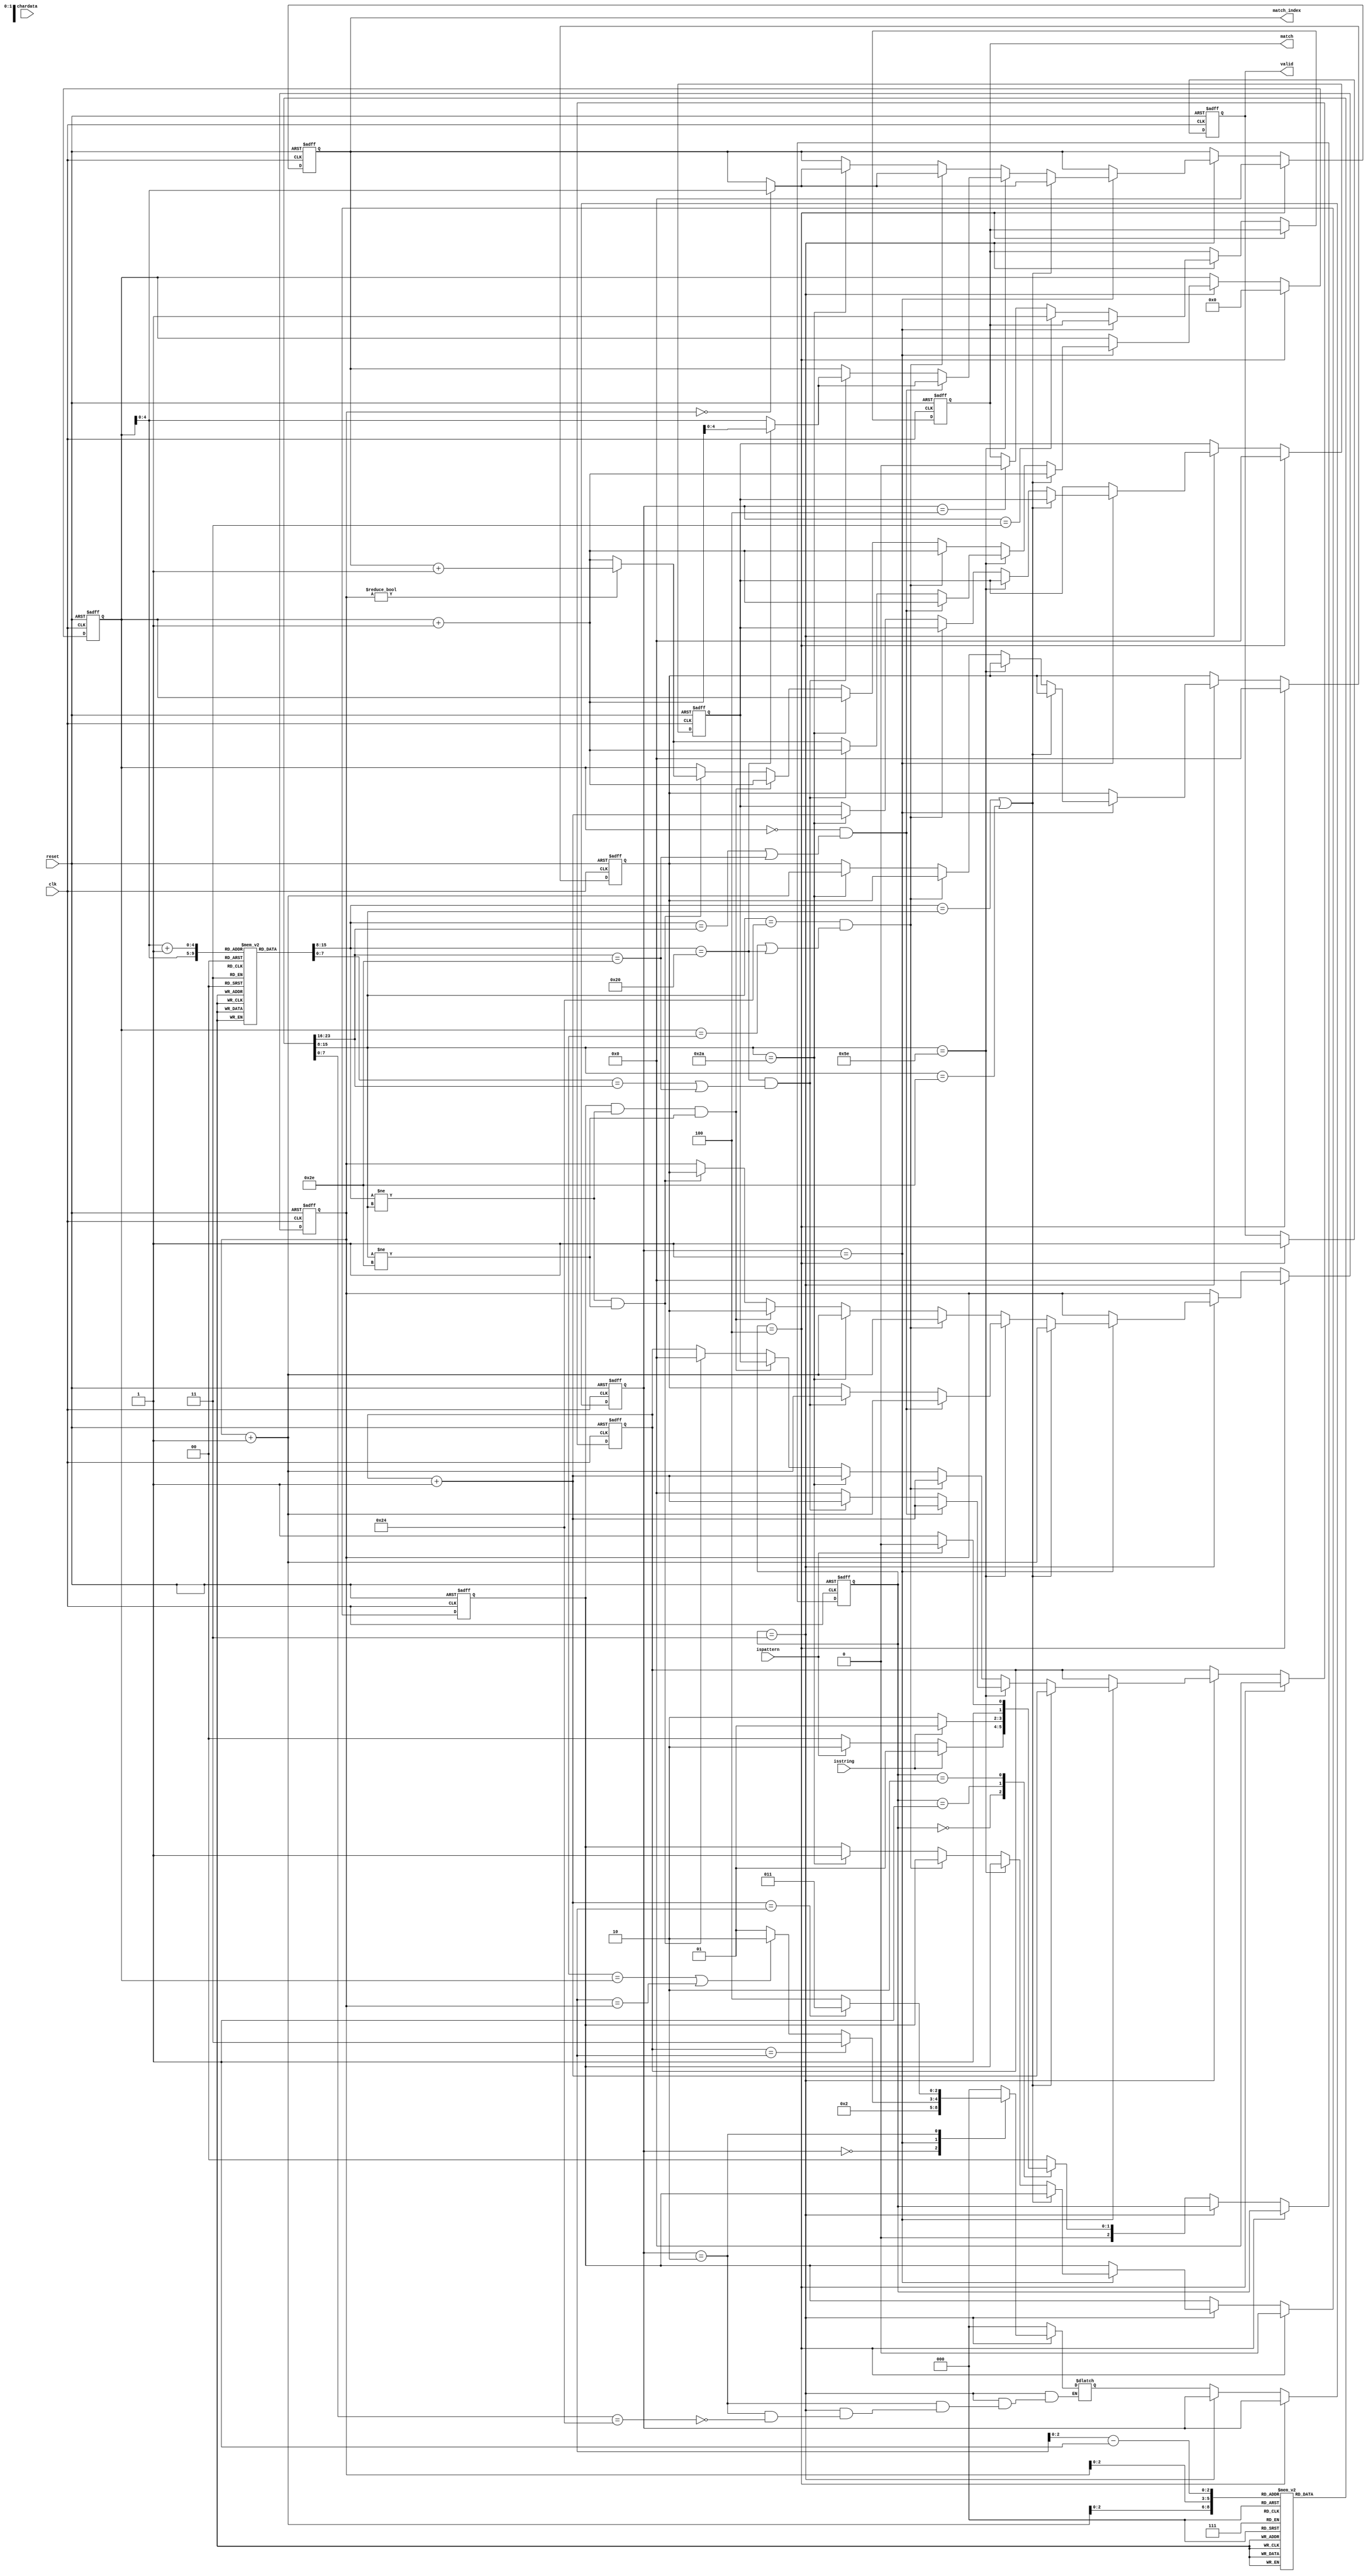
module SME(clk,reset,chardata,isstring,ispattern,valid,match,match_index);
input clk;
input reset;
input [7:0] chardata;
input isstring;
input ispattern;
output match;
output [4:0] match_index;
output valid;
// reg match;
// reg [4:0] match_index;
// reg valid;

reg match;
reg[4:0] match_index;
reg valid;
reg[5:0] index_s;
reg[4:0] index_p;
reg[4:0] index_p_temp;
reg[4:0] cnt_m;
reg[4:0] cnt_m_temp;


reg[2:0] cs;
reg[2:0] ns;
reg[2:0] cs_p;
reg[2:0] ns_p;
reg[7:0] string_reg[0:31];
reg[7:0] pattern_reg[0:7];
reg[4:0] cnt_p;
reg done;
reg star_flag;

wire [7:0] s_debug = string_reg[index_s];
wire [7:0] p_debug = pattern_reg[index_p];
wire [7:0] p_debug_head = pattern_reg[index_p+5'd1];

parameter IDLE = 3'd0;
parameter RECV_S = 3'd1;
parameter RECV_P = 3'd2;
parameter PROCESS = 3'd3;
parameter DONE = 3'd4;

parameter P_IDLE = 3'd0;
parameter CHECK = 3'd1;
parameter CHECK_MATCH = 3'd2;
parameter P_DONE_MATCH = 3'd3;
parameter P_DONE_UNMATCH = 3'd4;

always @(posedge clk or posedge reset) //S
begin
    if(reset)
    begin
        cs <= IDLE;
        cs_p <= P_IDLE;
        
        //
        index_s <= 6'd0;
        index_p <= 5'd0;
        index_p_temp <= 5'd0;
        cnt_m <= 5'd0;
        cnt_m_temp <= 5'd0;
        match_index <= 5'd0;
        done <= 1'd0;
        star_flag <= 1'd0;
        //
        match <= 1'd0;
        valid <= 1'd0;

    end
    else if(cs == DONE)
    begin
        index_s <= 6'd0;
        index_p <= 5'd0;
        index_p_temp <= 5'd0;
        cnt_m <= 5'd0;
        cnt_m_temp <= 5'd0;
        match_index <= 5'd0;
        done <= 1'd0;
        star_flag <= 1'd0;
        valid <= 1'd1;
    end
    else if(cs == PROCESS)
    begin
        if(cs_p == CHECK)
        begin
            if(string_reg[index_s] == pattern_reg[index_p] || pattern_reg[index_p] == 8'h2e)
            begin
                index_p <= index_p + 5'd1;
                index_s <= index_s + 6'd1;
                cnt_m <= cnt_m + 5'd1;
                if(index_p == 5'd0)
                    match_index <= index_s;
            end
            else if(pattern_reg[index_p] == 8'h5e)
            begin
                if(index_s == 6'd0 && (string_reg[index_s] == pattern_reg[index_p + 5'd1] || pattern_reg[index_p + 5'd1] == 8'h2e))
                begin
                    index_p <= index_p + 5'd1;
                    index_s <= index_s + 6'd1;
                    cnt_m <= cnt_m + 5'd1;
                    if(string_reg[index_s] == 8'h20)
                        match_index <= index_s + 6'd1;
                    else
                        match_index <= index_s;
                end
                else if(string_reg[index_s] == 8'h20 && (string_reg[index_s+5'd1] == pattern_reg[index_p+5'd1] || pattern_reg[index_p+5'd1] == 8'h2e) ) 
                begin
                    index_p <= index_p + 5'd1;
                    index_s <= index_s + 6'd1;
                    cnt_m <= cnt_m + 5'd1; 
                    if(string_reg[index_s] == 8'h20) 
                        match_index <= index_s + 6'd1;
                    else 
                        match_index <= index_s;
                end
                else
                begin
                    index_p <= index_p_temp;
                    cnt_m <= 5'd0;
                    if(index_p != 5'd0)
                        index_s <= match_index + 6'd1;
                    else
                        index_s <= index_s + 6'd1;
                end
            end
            else if(pattern_reg[index_p] == 8'h24 && (index_s == cnt_s || string_reg[index_s] == 8'h20))
            begin
               index_p <= index_p + 5'd1;
               index_s <= index_s + 6'd1;
               cnt_m <= cnt_m + 5'd1;
               if(index_p == 5'd0)
                    match_index <= index_s;
            end
            else if(pattern_reg[index_p] == 8'h2A)
            begin
                star_flag <= 1'd1;
                index_p <= index_p + 5'd1;
                index_p_temp <= index_p + 5'd1;
                index_s <= index_s;
                cnt_m <= cnt_m + 5'd1;
                cnt_m_temp <= cnt_m + 5'd1;
                if(index_p == 5'd0)
                    match_index <= index_s;
            end
            else if(star_flag == 1'd1 && string_reg[index_s] != pattern_reg[index_p] && pattern_reg[index_p] != 8'h2e)
            begin
                index_p <= index_p_temp;
                cnt_m <= cnt_m_temp;
                index_s <= index_s + 6'd1;
            end
            else if(string_reg[index_s] != pattern_reg[index_p] && pattern_reg[index_p] != 8'h2e)
            begin
                index_p <= index_p_temp;
                cnt_m <= 5'd0;
                if(index_p != 5'd0) 
                    index_s <= match_index + 6'd1;
                else 
                    index_s <= index_s + 6'd1;
            end
        end
        else if(cs_p == P_DONE_MATCH)
        begin
            done <= 1'd1;
            match <= 1'd1;
        end
        else if(cs_p == P_DONE_UNMATCH)
        begin
            done <= 1'd1;
            match <= 1'd0;
        end
    end
    else
    begin
        cs <= ns;
        cs_p <= ns_p;
        done <= 1'd0;
    end    
end

always@(*)
begin
    case(cs)
        IDLE:
        begin
            if(isstring == 1'd1) 
                ns = RECV_S;
            else if(ispattern == 1'd1) 
                ns = RECV_P;
            else ns = IDLE;
            ns_p = P_IDLE;
        end
        RECV_S:
        begin
            if(isstring == 1'd1)
                ns = RECV_S;
            else
                ns = RECV_P;
            ns_p = P_IDLE;
        end
        RECV_P:
        begin
            if(ispattern == 1'd1)
                ns = RECV_P;
            else
                ns = PROCESS;
            ns_p = P_IDLE;
        end
        PROCESS:
        begin
            if(done == 1'd1)
                ns = DONE;
            else
                ns = PROCESS;
            //
            case(cs_p)
                P_IDLE:
                begin
                    ns_p = CHECK;
                end
                CHECK:
                begin
                    if(cnt_m == cnt_p)
                        ns_p = P_DONE_MATCH;
                    else if(cnt_s == index_s || cnt_p == index_p)
                        ns_p = CHECK_MATCH;
                    else
                        ns_p = CHECK;
                end
                CHECK_MATCH:
                begin
                    if(pattern_reg[cnt_p - 5'd1] == 8'h24)
                    begin
                        if(cnt_m + 5'd1 == cnt_p)
                            ns_p = P_DONE_MATCH;
                        else
                            ns_p = P_DONE_UNMATCH;
                    end
                end
                P_DONE_MATCH:
                begin
                    ns_p = P_IDLE;
                end
                P_DONE_UNMATCH:
                begin
                    ns_p = P_IDLE;
                end
                default:
                    ns_p = P_IDLE;
            //
            endcase
        end
            
        DONE:
        begin
            if(isstring == 1'd1)
                ns = RECV_S;
            else if(ispattern == 1'd1)
                ns = RECV_P;
            else
                ns = IDLE;
            ns_p = P_IDLE;
        end
        default:
        begin
            ns = IDLE;
            ns_p = P_IDLE;
        end
            
    endcase
end

endmodule